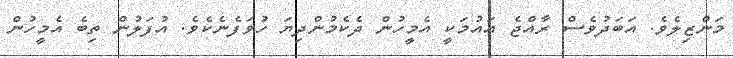
މަންޒިލެވެ. އަބަދުވެސް ރާއްޖެ އައުމަކީ އެމީހުން ދެކެމުންދިޔަ ހުވަފެނެކެވެ. އުފަލުން ތިބެ އެމީހުން